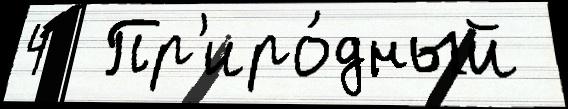
4  Пр'иро́дный